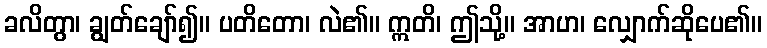
ခလိတွာ၊ ချွတ်ချော်၍။ ပတိတော၊ လဲ၏။ ဣတိ၊ ဤသို့။ အာဟ၊ လျှောက်ဆိုပေ၏။